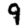
Digit: 9